Medical and sanitary report on the native army of Bombay for the year
Year: 1879
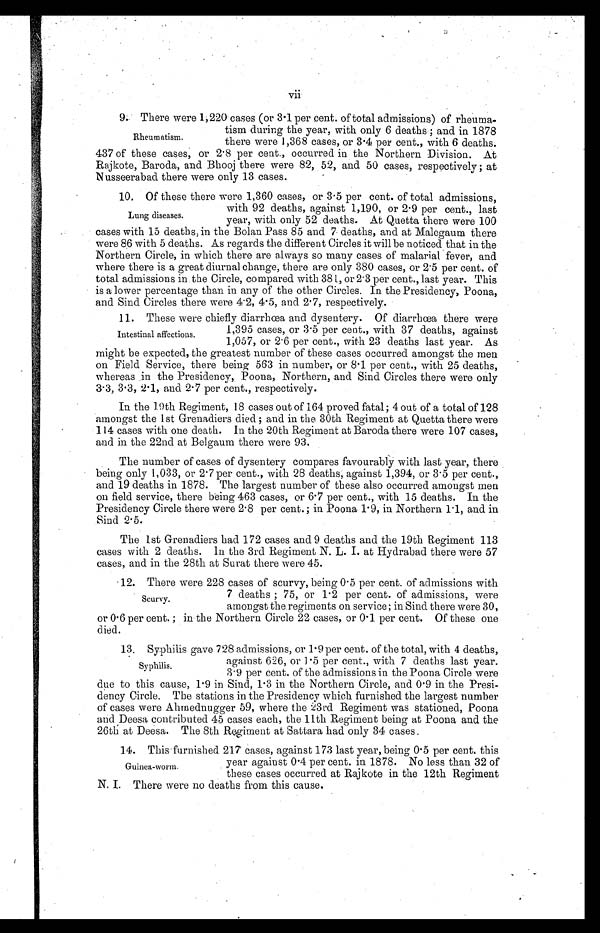
vii
9. There were 1,220 cases (or 3.1 per cent. of total admissions) of rheuma-
tism during the year, with only 6 deaths; and in 1878
there were 1,368 cases, or 3.4 per cent., with 6 deaths.
437 of these cases, or 2.8 per cent., occurred in the Northern Division. At
Rajkote, Baroda, and Bhooj there were 82, 52, and 50 cases, respectively; at
Nusseerabad there were only 13 cases.
10. Of these there were 1,360 cases, or 3.5 per cent. of total admissions,
with 92 deaths, against 1,190, or 2.9 per cent., last
year, with only 52 deaths. At Quetta there were 100
cases with 15 deaths, in the Bolan Pass 85 and 7 deaths, and at Malegaum there
were 86 with 5 deaths. As regards the different Circles it will be noticed that in the
Northern Circle, in which there are always so many cases of malarial fever, and
where there is a great diurnal change, there are only 380 cases, or 2.5 per cent. of
total admissions in the Circle, compared with 381, or 2.3 per cent., last year. This
is a lower percentage than in any of the other Circles. In the Presidency, Poona,
and Sind Circles there were 4.2, 4.5, and 2.7, respectively.
11.
These were chiefly diarrhœa and dysentery. Of diarrhœa there were
1,395 cases, or 3.5 per cent., with 37 deaths, against
1,057, or 2.6 per cent., with 23 deaths last year. As
might be expected, the greatest number of these cases occurred amongst the men
on Field Service, there being 563 in number, or 8.1 per cent., with 25 deaths,
whereas in the Presidency, Poona, Northern, and Sind Circles there were only
3.3, 3.3, 2.1, and 2.7 per cent., respectively.
In the 19th Regiment, 18 cases out of 164 proved fatal; 4 out of a total of 128
amongst the 1st Grenadiers died; and in the 30th Regiment at Quetta there were
114 cases with one death. In the 20th Regiment at Baroda there were 107 cases,
and in the 22nd at Belgaum there were 93.
The number of cases of dysentery compares favourably with last year, there
being only 1,033, or 2.7 per cent., with 28 deaths, against 1,394, or 3.5 per cent.,
and 19 deaths in 1878. The largest number of these also occurred amongst men
on field service, there being 463 cases, or 6.7 per cent., with 15 deaths. In the
Presidency Circle there were 2.8 per cent.; in Poona 1.9, in Northern 1.1, and in
Sind 2.5.
The 1st Grenadiers had 172 cases and 9 deaths and the 19th Regiment 113
cases with 2 deaths. In the 3rd Regiment N. L. I. at Hydrabad there were 57
cases, and in the 28th at Surat there were 45.
12.
There were 228 cases of scurvy, being 0.5 per cent. of admissions with
7 deaths; 75, or 1.2 per cent. of admissions, were
amongst the, regiments on service; in Sind there were 30,
or 0.6 per cent.; in the Northern Circle 22 cases, or 0.1 per cent. Of these one
died.
13.
Syphilis gave 728 admissions, or 1.9 per cent. of the total, with 4 deaths,
agai nst 626, or 1. 5 per cent . , wi t h 7 deat hs l ast year.
3.9 per cent. of the admissions in the Poona Circle were
due to this cause, 1.9 in Sind, 1.3 in the Northern Circle, and 0.9 in the Presi-
dency Circle. The stations in the Presidency which furnished the largest number
of cases were Ahmednugger 59, where the 23rd Regiment was stationed, Poona
and Deesa contributed 45 cases each, the 11th Regiment being at Poona and the
26th at Deesa. The 8th Regiment at Sattara had only 34 cases.
14.
This furnished 217 cases, against 173 last year, being 0.5 per cent. this
year against 0.4 per cent. in 1878. No less than 32 of
these cases occurred at Rajkote in the 12th Regiment
N. I . There were no deaths from this cause.
Rheumatism.
Lung diseases.
Intestinal affections.
Scurvy.
Syphilis.
Guinea-worm.